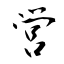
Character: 営